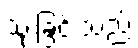
သုံးခြင်းသည်